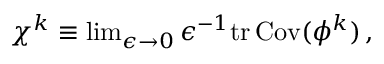
\begin{array} { r } { \chi ^ { k } \equiv \operatorname* { l i m } _ { \epsilon \rightarrow 0 } \epsilon ^ { - 1 } \mathrm { t r } \, { \mathrm { C o v } ( { { \phi } ^ { k } } ) } \, , } \end{array}